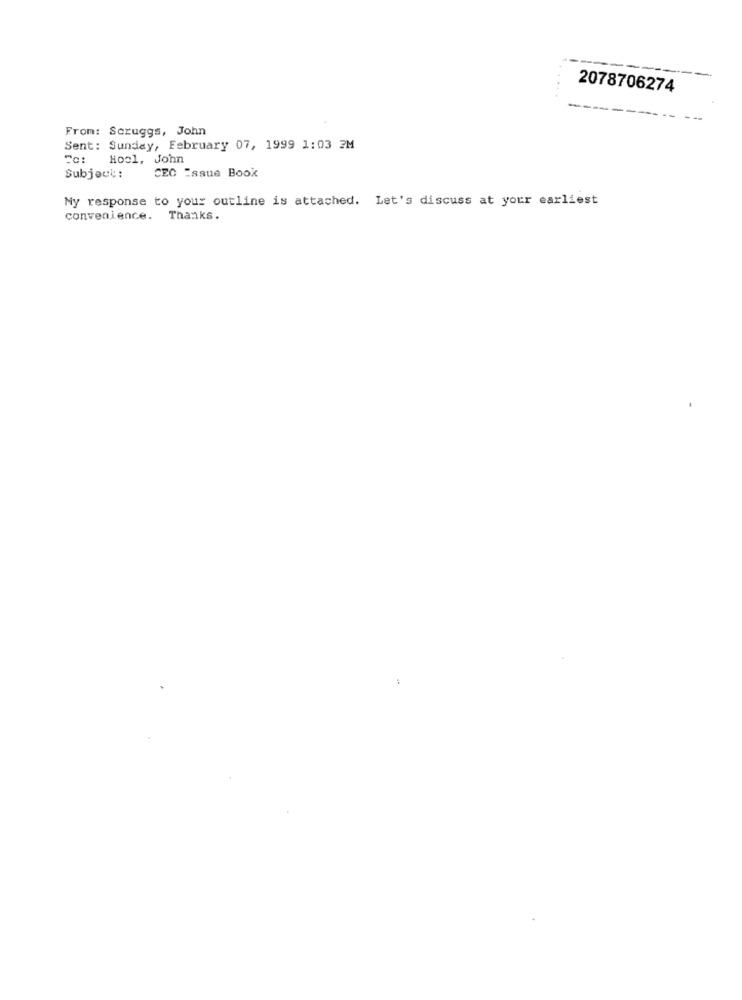
2078706274
From: Scruggs, John
Sent: Sunday, February 07, 1999 1:03 2M
To: Hool, John
Subject:
CEC Issue Book
My response to your outline is attached. Let's discuss at your earliest
convenience. Thanks.